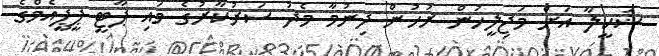
ޝަކީލާ އަށް މަޖިލީހުން ރުހުން ދިނުމާ މެދު ސަރުކާރުގެ މައި ޕާޓީ ޕީޕީއެމްގެ